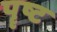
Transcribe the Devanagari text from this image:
पॄष्ट